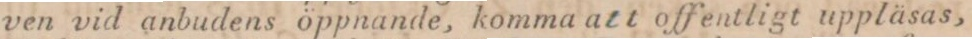
ven vid anbudens öppnande, komma att offentligt uppläsas,